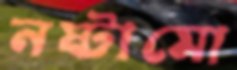
নষ্টামো